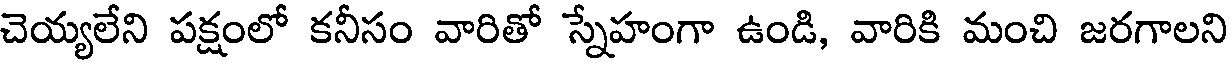
చెయ్యలేని పక్షంలో కనీసం వారితో స్నేహంగా ఉండి, వారికి మంచి జరగాలని